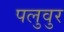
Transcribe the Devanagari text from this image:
पलुवुर